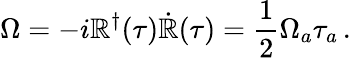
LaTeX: \Omega=-i\mathbb{R}^{\dagger}(\tau)\dot{{\mathbb{R}}}(\tau)=\frac{1}{2}\Omega_{a}\tau_{a}\, .